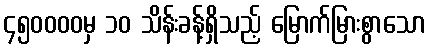
၄၅၀၀၀၀မှ ၁၀ သိန်းခန့်ရှိသည့် မြောက်မြားစွာသော